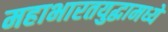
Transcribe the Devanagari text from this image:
महाभारतयुद्धामध्ये